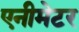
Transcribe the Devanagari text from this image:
एनीमेटर